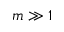
m \gg 1